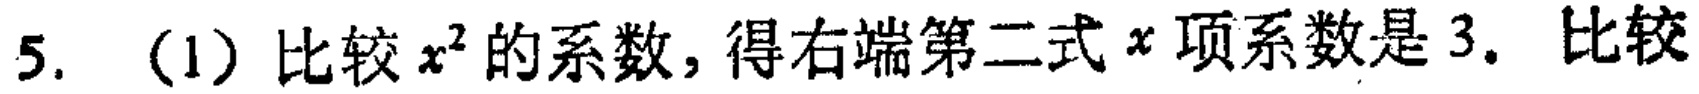
5. （1）比较\(x^{2}\)的系数，得右端第二式\(x\)项系数是\(3\). 比较